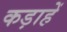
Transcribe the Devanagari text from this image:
कड़ाहें